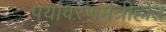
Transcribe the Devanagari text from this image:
पर्यावरणमंत्रीहोते